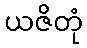
ယဇိတုံ